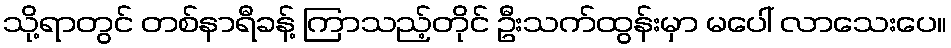
သို့ရာတွင် တစ်နာရီခန့် ကြာသည့်တိုင် ဦးသက်ထွန်းမှာ မပေါ် လာသေးပေ။